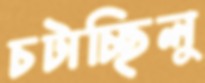
চটাচ্ছিলু